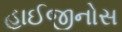
હાઈજીનોસ